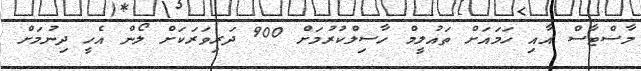
މާސްޓާސް އާއި ހަމައަށް ތައުލީމް ހާސިލްކުރުމަށް 900 ދަރިވަރަކަށް ލޯން އެހީ ދިނުމަށް